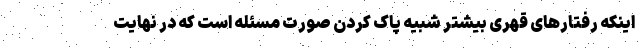
اینکه رفتارهای قهری بیشتر شبیه پاک کردن صورت مسئله است که در نهایت